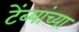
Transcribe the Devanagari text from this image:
टेंब्यांच्या